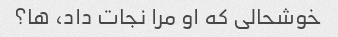
خوشحالی که او مرا نجات داد، ها؟